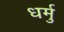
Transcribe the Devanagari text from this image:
धर्मु